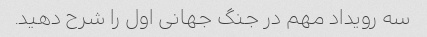
سه رویداد مهم در جنگ جهانی اول را شرح دهید.